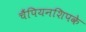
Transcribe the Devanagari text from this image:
चैंपियनशिपके